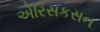
એરિસકસન